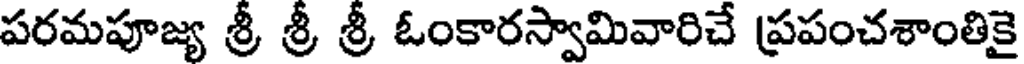
పరమపూజ్య శ్రీ శ్రీ శ్రీ ఓంకారస్వామివారిచే ప్రపంచశాంతికై